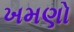
ખમણો